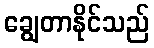
ချွေတာနိုင်သည်